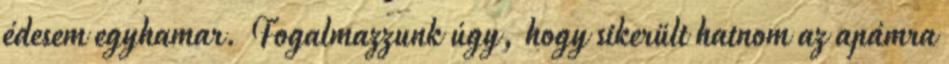
édesem egyhamar. Fogalmazzunk úgy, hogy sikerült hatnom az apámra